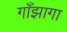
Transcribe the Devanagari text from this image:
गाँझागा